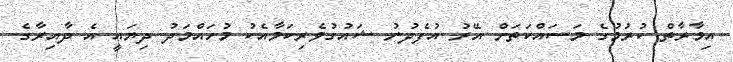
އިމާރާތް ކުރުމުގެ މަސައްކަތަށް އޭރު އުފެދުނު ޝައުގުވެރިކަމާއެކު މުހައްމަދު ދިޔައީ އެ ދާއިރާގެ